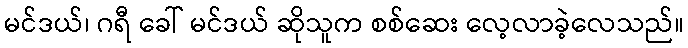
မင်ဒယ်၊ ဂရီ ခေါ် မင်ဒယ် ဆိုသူက စစ်ဆေး လေ့လာခဲ့လေသည်။